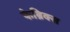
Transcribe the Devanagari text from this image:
फेब्रिक्स